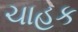
ચાહક